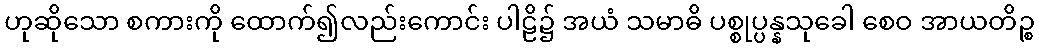
ဟုဆိုသော စကားကို ထောက်၍လည်းကောင်း ပါဠိ၌ အယံ သမာဓိ ပစ္စုပ္ပန္နသုခေါ စေဝ အာယတိဉ္စ